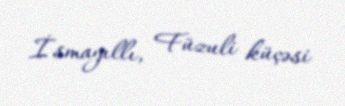
İsmayıllı, Füzuli küçəsi